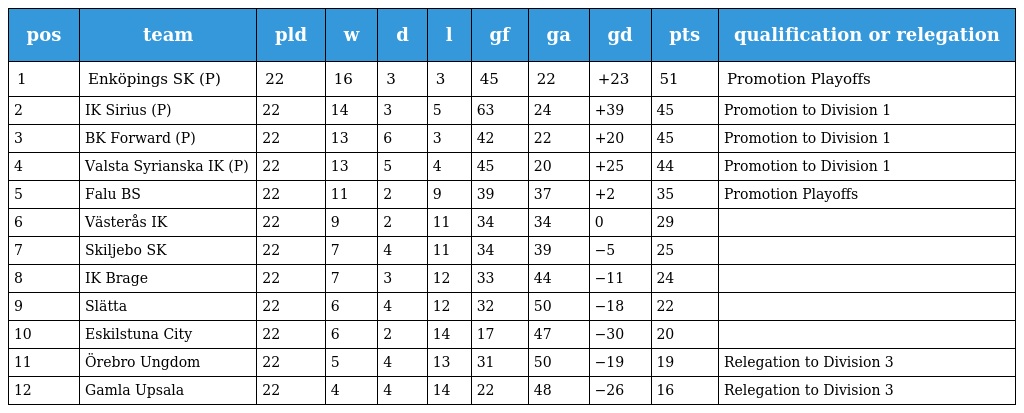
| pos | team | pld | w | d | l | gf | ga | gd | pts | qualification or relegation |
 | --- | --- | --- | --- | --- | --- | --- | --- | --- | --- | --- |
 | 1 | Enköpings SK (P) | 22 | 16 | 3 | 3 | 45 | 22 | +23 | 51 | Promotion Playoffs |
 | 2 | IK Sirius (P) | 22 | 14 | 3 | 5 | 63 | 24 | +39 | 45 | Promotion to Division 1 |
 | 3 | BK Forward (P) | 22 | 13 | 6 | 3 | 42 | 22 | +20 | 45 | Promotion to Division 1 |
 | 4 | Valsta Syrianska IK (P) | 22 | 13 | 5 | 4 | 45 | 20 | +25 | 44 | Promotion to Division 1 |
 | 5 | Falu BS | 22 | 11 | 2 | 9 | 39 | 37 | +2 | 35 | Promotion Playoffs |
 | 6 | Västerås IK | 22 | 9 | 2 | 11 | 34 | 34 | 0 | 29 |  |
 | 7 | Skiljebo SK | 22 | 7 | 4 | 11 | 34 | 39 | −5 | 25 |  |
 | 8 | IK Brage | 22 | 7 | 3 | 12 | 33 | 44 | −11 | 24 |  |
 | 9 | Slätta | 22 | 6 | 4 | 12 | 32 | 50 | −18 | 22 |  |
 | 10 | Eskilstuna City | 22 | 6 | 2 | 14 | 17 | 47 | −30 | 20 |  |
 | 11 | Örebro Ungdom | 22 | 5 | 4 | 13 | 31 | 50 | −19 | 19 | Relegation to Division 3 |
 | 12 | Gamla Upsala | 22 | 4 | 4 | 14 | 22 | 48 | −26 | 16 | Relegation to Division 3 |